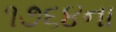
૧૭૬૪ના